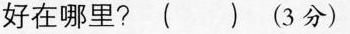
好在哪里 ？（ ）（3分）